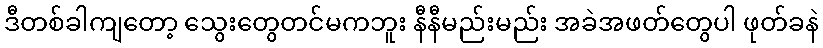
ဒီတစ်ခါကျတော့ သွေးတွေတင်မကဘူး နီနီမည်းမည်း အခဲအဖတ်တွေပါ ဖုတ်ခနဲ